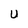
Character: U